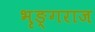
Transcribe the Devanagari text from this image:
भृङ्गराज